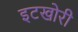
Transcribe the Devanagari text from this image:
इटखोरी